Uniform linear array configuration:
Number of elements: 8
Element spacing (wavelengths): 0.5
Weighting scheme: kaiser
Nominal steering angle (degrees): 15
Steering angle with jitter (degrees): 13.343
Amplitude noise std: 0.05
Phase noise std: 0.05

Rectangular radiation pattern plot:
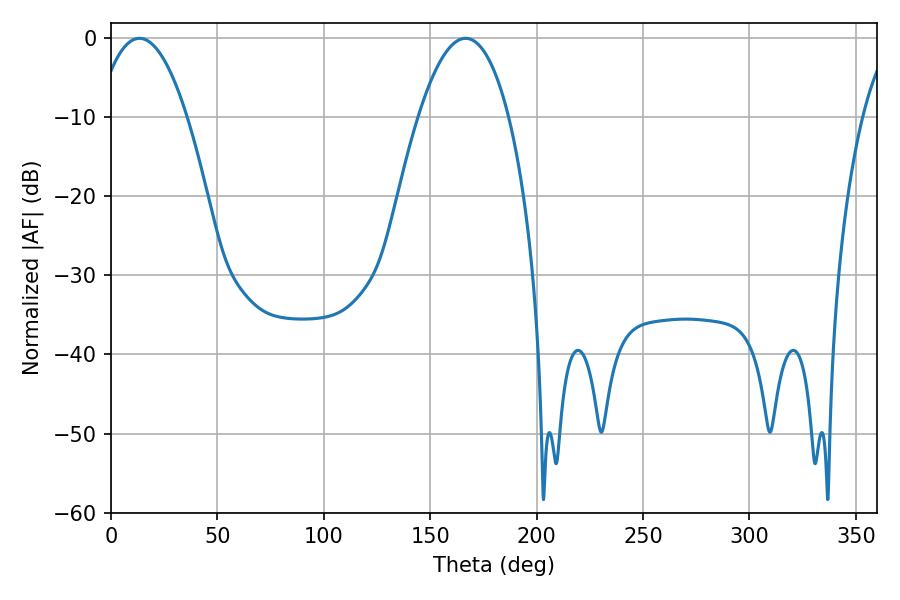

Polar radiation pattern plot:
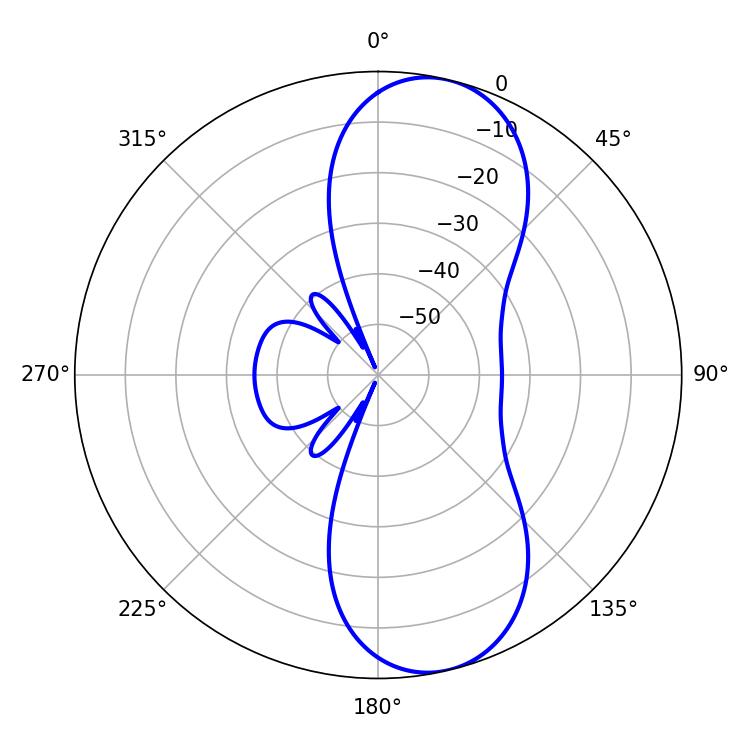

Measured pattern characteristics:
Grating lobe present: FALSE
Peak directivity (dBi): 9.782
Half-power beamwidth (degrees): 23.4
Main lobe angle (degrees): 13.32